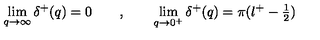
\lim _ { q \rightarrow \infty } \delta ^ { + } ( q ) = 0 \qquad , \qquad \lim _ { q \rightarrow 0 ^ { + } } \delta ^ { + } ( q ) = \pi ( \l ^ { + } - \textstyle \frac { 1 } { 2 } )